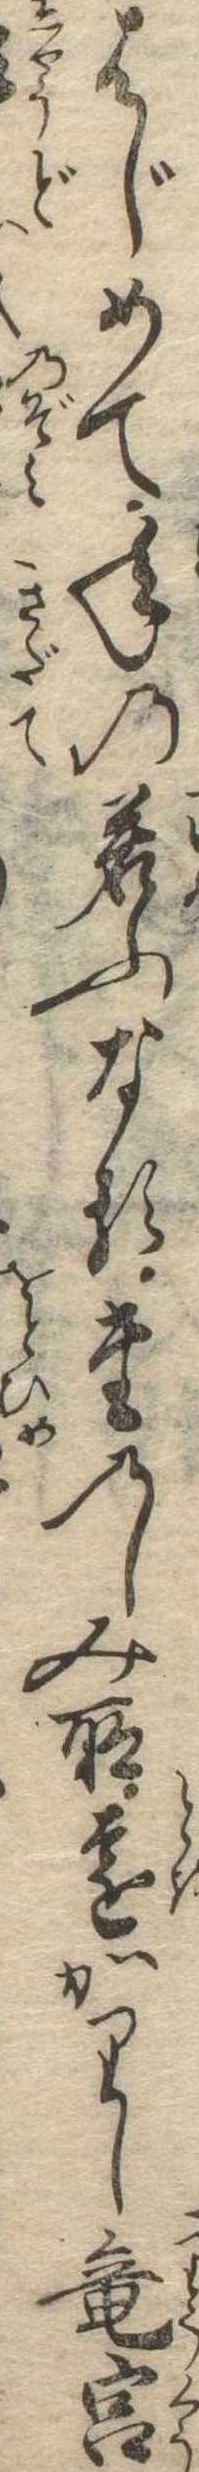
はじめて年の若ふなるたのしみ所遠かりし竜宮